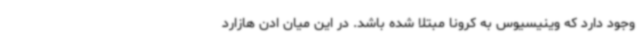
وجود دارد که وینیسیوس به کرونا مبتلا شده باشد. در این میان ادن هازارد